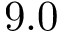
9 . 0